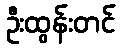
ဦးထွန်းတင်